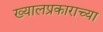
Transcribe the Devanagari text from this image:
ख्यालप्रकाराच्या